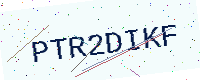
Text: PTR2DIKF